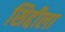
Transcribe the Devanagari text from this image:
सिद्दीला